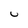
Character: u